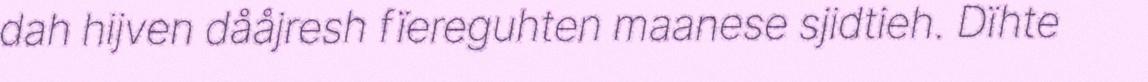
dah hijven dååjresh fïereguhten maanese sjidtieh. Dïhte